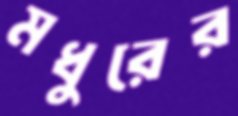
মধুরের